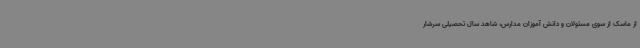
از ماسک از سوی مسئولان و دانش آموزان مدارس، شاهد سال تحصیلی سرشار